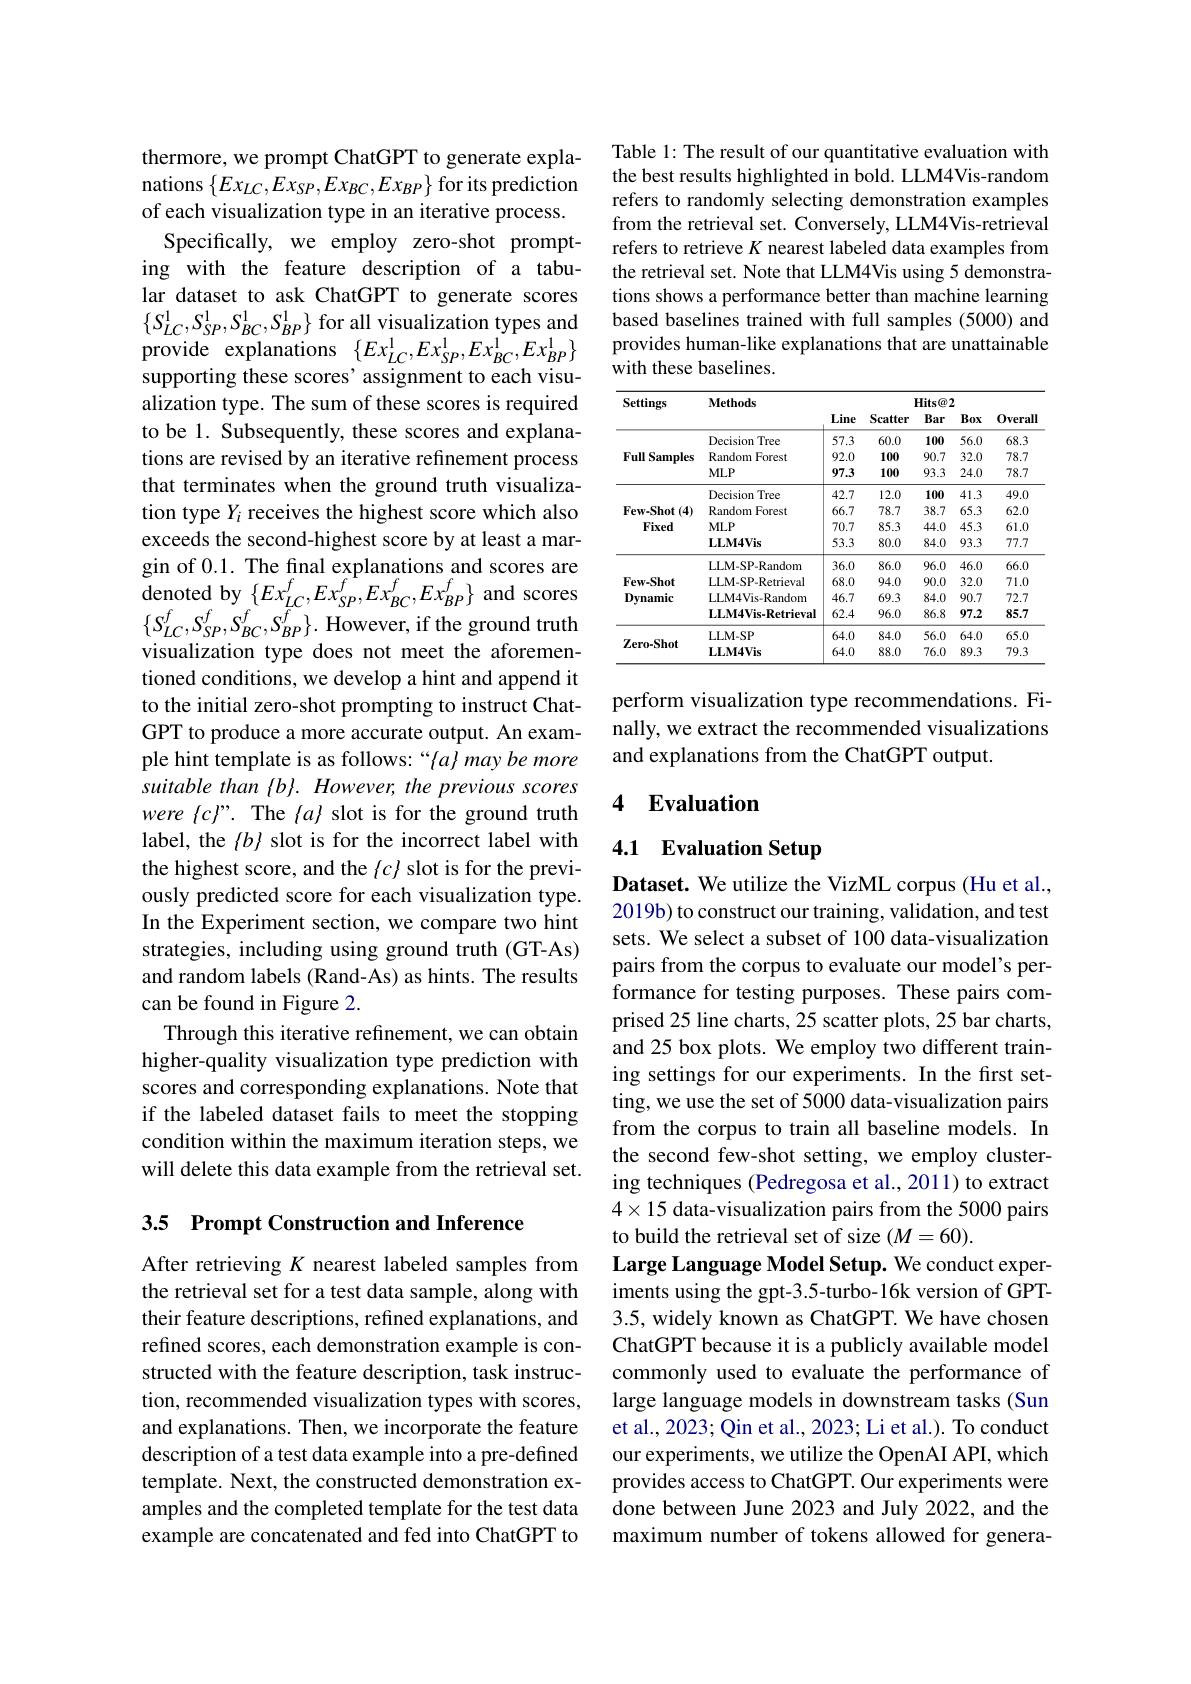
thermore, we prompt ChatGPT to generate explanations $\{Ex_{LC},Ex_{SP},Ex_{BC},Ex_{BP}\}$ for its prediction of each visualization type in an iterative process.
Specifically, we employ zero-shot prompting with the feature description of a tabular dataset to ask ChatGPT to generate scores supporting these scores' assignment to each visualization type. The sum of these scores is required to be 1. Subsequently, these scores and explanations are revised by an iterative refinement process that terminates when the ground truth visualization type $Y_i$ receives the highest score which also exceeds the second-highest score by at least a margin of 0.1. The final explanations and scores are $\mathop{\mathrm{denoted~by~}}\{Ex_{LC}^{f},Ex_{SP}^{f},Ex_{BC}^{f},Ex_{BP}^{f}\}$ and scores $\{S_{LC}^{f},S_{SP}^{f},S_{BC}^{f},S_{BP}^{f}\}.$However,if the ground truth visualization type does not meet the aforementioned conditions, we develop a hint and append it to the initial zero-shot prompting to instruct ChatGPT to produce a more accurate output. An example hint template is as follows: “$\{ a\} \textit{may be more}$ suitable than {b}. However, the previous scores were $\{c\}”.$ The $\{a\}$ slot is for the ground truth label, the $\{b\}$ slot is for the incorrect label with the highest score, and the{c}slot is for the previously predicted score for each visualization type. In the Experiment section, we compare two hint strategies, including using ground truth (GT-As) and random labels (Rand-As) as hints. The results can be found in Figure 2.
Through this iterative refinement, we can obtain higher-quality visualization type prediction with scores and corresponding explanations. Note that if the labeled dataset fails to meet the stopping condition within the maximum iteration steps, we will delete this data example from the retrieval set.

3.5 Prompt Construction and Inference

After retrieving $K$ nearest labeled samples from the retrieval set for a test data sample, along with their feature descriptions, refined explanations, and refined scores, each demonstration example is constructed with the feature description, task instruction, recommended visualization types with scores, and explanations. Then, we incorporate the feature description of a test data example into a pre-defined template. Next, the constructed demonstration examples and the completed template for the test data example are concatenated and fed into ChatGPT to

Table 1: The result of our quantitative evaluation with the best results highlighted in bold. LLM4Vis-random refers to randomly selecting demonstration examples from the retrieval set. Conversely, LLM4Vis-retrieval refers to retrieve $K$ nearest labeled data examples from the retrieval set. Note that LLM4Vis using 5 demonstrations shows a performance better than machine learning
$\{S_{LC}^{1},S_{SP}^{1},S_{BC}^{1},S_{BP}^{1}\}$ for all visualization types and based baselines trained with full samples (5000) and provide explanations $\{Ex_{LC}^{1},Ex_{SP}^{1},Ex_{BC}^{1},Ex_{BP}^{1}\}$ provides human-like explanations that are unatta
with these baselines.

<table>
	<tbody>
		<tr>
			<th rowspan="2">Settings</th>
			<th rowspan="2">$\mathbf{Methods}$</th>
			<th colspan="5">$Hits@2$</th>
		</tr>
		<tr>
			<th>Line</th>
			<th>Scatter</th>
			<th>Bar</th>
			<th>Box</th>
			<th>0verall</th>
		</tr>
		<tr>
			<td rowspan="3">Full Samples</td>
			<td>Decision $\iota Tree$</td>
			<td>57.3</td>
			<td>60.0</td>
			<td>100</td>
			<td>56.0</td>
			<td>68.3</td>
		</tr>
		<tr>
			<td>Random Forest</td>
			<td>92.0</td>
			<td>100</td>
			<td>90.7</td>
			<td>32.0</td>
			<td>78.7</td>
		</tr>
		<tr>
			<td>$MLP$</td>
			<td>97.3</td>
			<td>100</td>
			<td>93.3</td>
			<td>24.0</td>
			<td>78.7</td>
		</tr>
		<tr>
			<td> </td>
			<td>Decision Tree</td>
			<td>42.7</td>
			<td>12.0</td>
			<td>100</td>
			<td>41.3</td>
			<td>49.0</td>
		</tr>
		<tr>
			<td>$\mathbf{Few-Shot}$ :(4) 1</td>
			<td>Random Forest</td>
			<td>66.7</td>
			<td>78.7</td>
			<td>38.7</td>
			<td>65.3</td>
			<td>62.0</td>
		</tr>
		<tr>
			<td rowspan="3">$rew-sinot(4)$ Fixed</td>
			<td>$MLP$</td>
			<td>70.7</td>
			<td>85.3</td>
			<td>44.0</td>
			<td>45.3</td>
			<td>61.0</td>
		</tr>
		<tr>
			<td>$\mathbf{LLM4Vis}$</td>
			<td>53.3</td>
			<td>80.0</td>
			<td>84.0</td>
			<td>93.3</td>
			<td>77.7</td>
		</tr>
		<tr>
			<td>LLM-SP-Random</td>
			<td>36.0</td>
			<td>86.0</td>
			<td>96.0</td>
			<td>46.0</td>
			<td>66.0</td>
		</tr>
		<tr>
			<td rowspan="3">Few-Shot Dynamic</td>
			<td>LLM-SP-Retrieval</td>
			<td>68.0</td>
			<td>94.0</td>
			<td>90.0</td>
			<td>32.0</td>
			<td>71.0</td>
		</tr>
		<tr>
			<td>LLM4Vis-Random</td>
			<td>46.7</td>
			<td>69.3</td>
			<td>84.0</td>
			<td>90.7</td>
			<td>72.7</td>
		</tr>
		<tr>
			<td>LLM4Vis-Retrieval</td>
			<td>62.4</td>
			<td>96.0</td>
			<td>86.8</td>
			<td>97.2</td>
			<td>85.7</td>
		</tr>
		<tr>
			<td rowspan="2">$\mathbf{Zero-Shot}$</td>
			<td>LLM- SP</td>
			<td>64.0</td>
			<td>84.0</td>
			<td>56.0</td>
			<td>64.0</td>
			<td>65.0</td>
		</tr>
		<tr>
			<td>$\mathbf{LLM4Vis}$</td>
			<td>64.0</td>
			<td>88.0</td>
			<td>76.0</td>
			<td>89.3</td>
			<td>79.3</td>
		</tr>
	</tbody>
</table>

perform visualization type recommendations. Finally, we extract the recommended visualizations and explanations from the ChatGPT output.

## 4 Evaluation

## 4.1 Evaluation Setup

Dataset. We utilize the VizML corpus (Hu et al., 2019b) to construct our training, validation, and test sets. We select a subset of 100 data-visualization pairs from the corpus to evaluate our model's performance for testing purposes. These pairs comprised 25 line charts, 25 scatter plots, 25 bar charts, and 25 box plots. We employ two different training settings for our experiments. In the first setting, we use the set of 5000 data-visualization pairs from the corpus to train all baseline models. In the second few-shot setting, we employ clustering techniques (Pedregosa et al., 2011) to extract $4\times15$ data-visualization pairs from the 5000 pairs to build the retrieval set of size $(M=60).$
Large Language Model Setup. We conduct experiments using the gpt-3.5-turbo-16k version of GPT- 3.5, widely known as ChatGPT. We have chosen ChatGPT because it is a publicly available model commonly used to evaluate the performance of large language models in downstream tasks (Sun et al., 2023; Qin et al., 2023; Li et al.). To conduct our experiments, we utilize the OpenAI API, which provides access to ChatGPT. Our experiments were done between June 2023 and July 2022, and the maximum number of tokens allowed for genera-